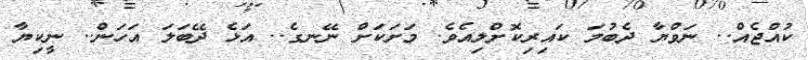
ކުއްޖެއް.. ނަވްޔާ ދެބުމަ ކައިރިކޮށްލިއެވެ. މަށަކަށް ނޭނގެ.. އަޅެ ދޭބަލަ އަހަން.. ނީކިޔާ